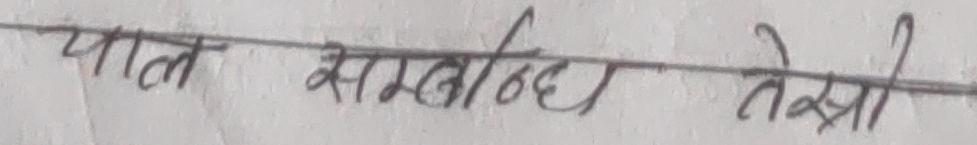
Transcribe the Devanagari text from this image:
पात सम्बन्धि तेस्रो